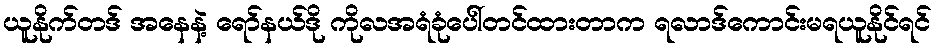
ယူနိုက်တဒ် အနေနဲ့ ရော်နယ်ဒို ကိုလအရံခုံပေါ်တင်ထားတာက ရလာဒ်ကောင်းမရယူနိုင်ရင်